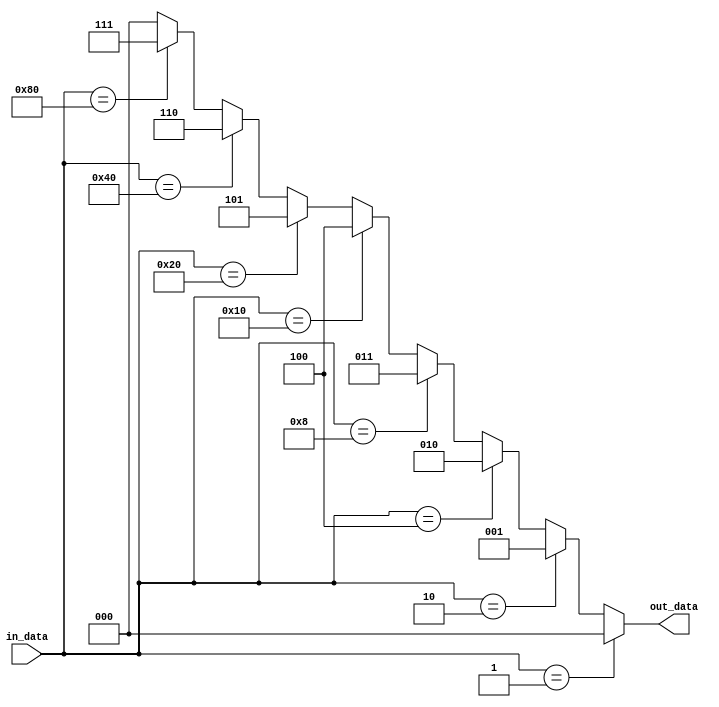
module encoder_8to3 (
  input [7:0] in_data,
  output wire [2:0] out_data
);

  assign out_data = (in_data == 8'b00000001) ? 3'b000 :
                   (in_data == 8'b00000010) ? 3'b001 :
                   (in_data == 8'b00000100) ? 3'b010 :
                   (in_data == 8'b00001000) ? 3'b011 :
                   (in_data == 8'b00010000) ? 3'b100 :
                   (in_data == 8'b00100000) ? 3'b101 :
                   (in_data == 8'b01000000) ? 3'b110 :
                   (in_data == 8'b10000000) ? 3'b111 : 3'b000;

endmodule